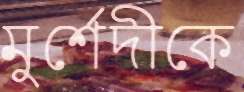
মুর্শেদীকে